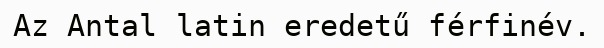
Az Antal latin eredetű férfinév.